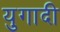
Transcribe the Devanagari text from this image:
युगादी